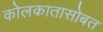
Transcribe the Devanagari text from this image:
कोलकातासोबत